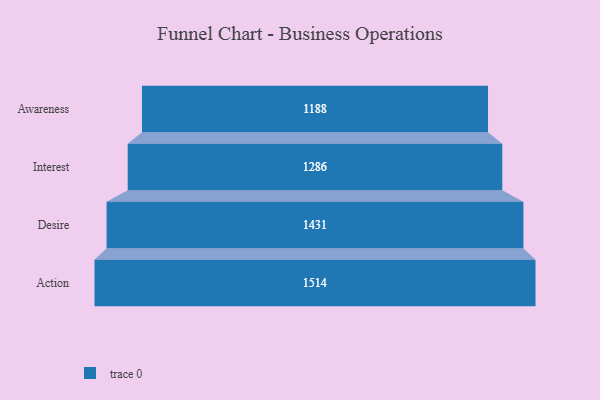
{"axis": {"x": "Stage", "y": "Value"}, "legend": [""], "data": [{"x": "Awareness", "y": 1188.0, "type": ""}, {"x": "Interest", "y": 1286.0, "type": ""}, {"x": "Desire", "y": 1431.0, "type": ""}, {"x": "Action", "y": 1514.0, "type": ""}]}